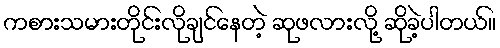
ကစားသမားတိုင်းလိုချင်နေတဲ့ ဆုဖလားလို့ ဆိုခဲ့ပါတယ်။